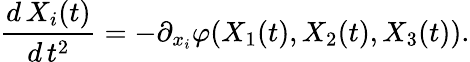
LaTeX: \frac{d\, X_{i}(t)}{d\, t^{2}}=-\partial_{x_{i}}\varphi(X_{1}(t),X_{2}(t),X_{3}(t)).